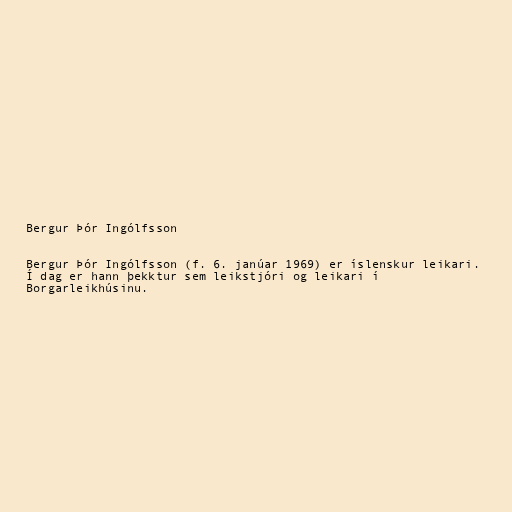
Bergur Þór Ingólfsson

Bergur Þór Ingólfsson (f. 6. janúar 1969) er íslenskur leikari.
Í dag er hann þekktur sem leikstjóri og leikari í
Borgarleikhúsinu.